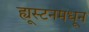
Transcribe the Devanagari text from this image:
ह्यूस्टनमधून